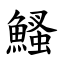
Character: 鰠